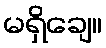
မရှိချေ။